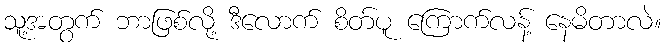
သူ့အတွက် ဘာဖြစ်လို့ ဒီလောက် စိတ်ပူ ကြောက်လန့် နေမိတာလဲ။